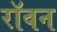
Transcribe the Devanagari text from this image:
रॉवन